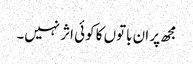
مجھ پر ان باتوں کا کوئی اثر نہیں۔